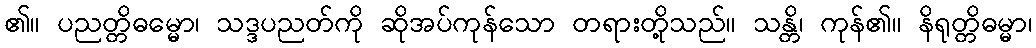
၏။ ပညတ္တိဓမ္မော၊ သဒ္ဒပညတ်ကို ဆိုအပ်ကုန်သော တရားတို့သည်။ သန္တိ၊ ကုန်၏။ နိရုတ္တိဓမ္မာ၊